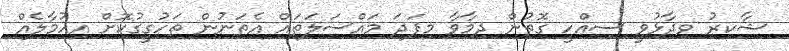
ޝާކިރު ވިދާޅުވީ ސިއްހީ ގޮތުން ދިމާވާ މިފަދަ މައްސަލަތައް އެތަނުން ތަހުގީގުކޮށް އިހުމާލެއް